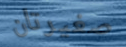
صغيرتان